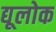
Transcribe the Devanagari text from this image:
द्यूलोक